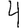
Digit: 4